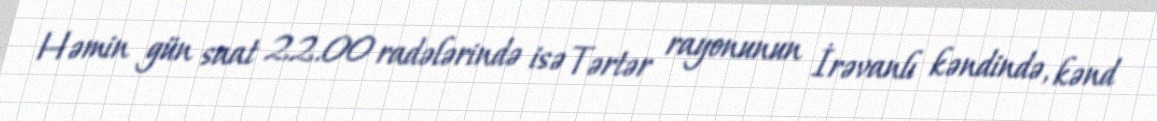
Həmin gün saat 22.00 radələrində isə Tərtər rayonunun İrəvanlı kəndində, kənd